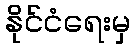
နိုင်ငံရေးမှ